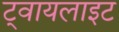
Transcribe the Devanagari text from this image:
ट्वायलाइट